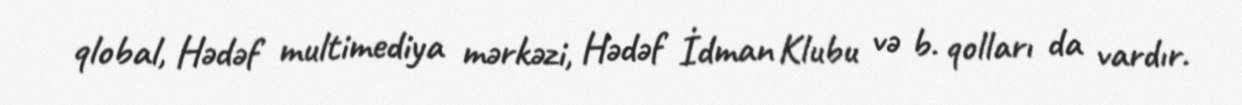
qlobal, Hədəf multimediya mərkəzi, Hədəf İdman Klubu və b. qolları da vardır.